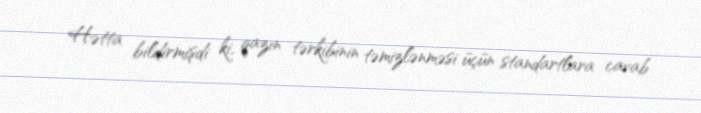
Hətta bildirmişdi ki, qazın tərkibinin təmizlənməsi üçün standartlara cavab